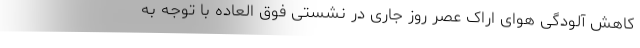
کاهش آلودگی هوای اراک عصر روز جاری در نشستی فوق العاده با توجه به